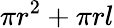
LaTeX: \pi r^{2}+\pi rl